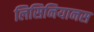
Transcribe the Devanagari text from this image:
लिसिनियानस